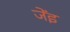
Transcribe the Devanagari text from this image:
जेंइ